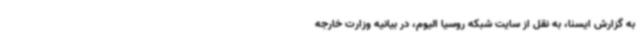
به گزارش ایسنا، به نقل از سایت شبکه روسیا الیوم، در بیانیه وزارت خارجه